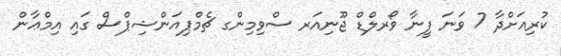
ކުރިއަށްދާ 7 ވަނަ ފީނާ ވޯރލްޑް ޖޫނިއަރ ސްވިމިންގ ޗެމްޕިއަންޝިޕްސް ގައި އިމްޢާން